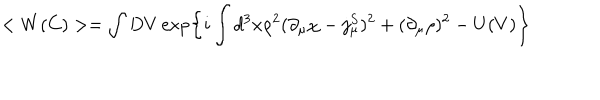
< W ( C ) > = \int D V \exp \left\{ i \int d ^ { 3 } x \rho ^ { 2 } ( \partial _ { \mu } \chi - j _ { \mu } ^ { S } ) ^ { 2 } + ( \partial _ { \mu } \rho ) ^ { 2 } - U ( V ) \right\}